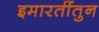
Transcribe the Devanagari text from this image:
इमारतींतुन